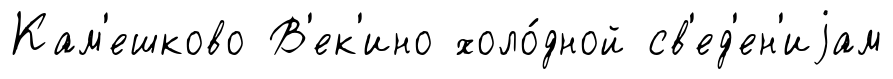
Кам'ешково В'ек'ино холо́дной св'ед'ен'иjам